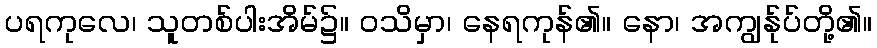
ပရကုလေ၊ သူတစ်ပါးအိမ်၌။ ဝသိမှာ၊ နေရကုန်၏။ နော၊ အကျွန်ုပ်တို့၏။